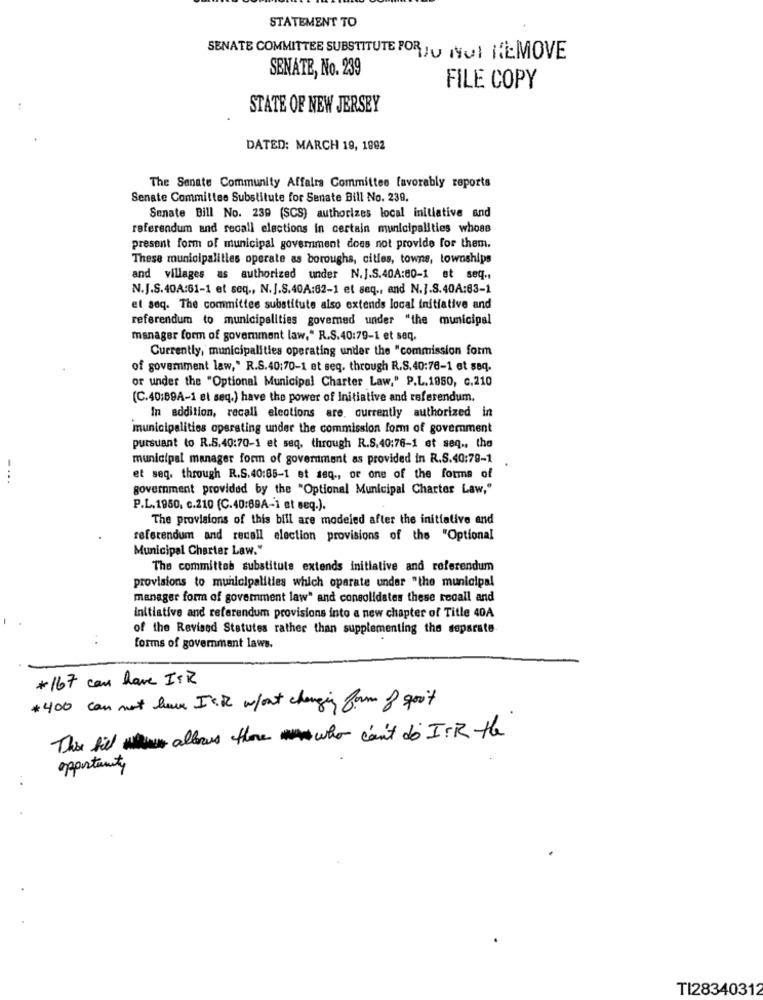
STATEMENT TO
SENATE COMMITTEE SUBSTITUTE FORJU NOI REMOVE
SENATE, No. 239
FILE COPY
STATE OF NEW JERSEY
DATED: MARCH 19, 1992
The Senate Community Affairs Committee favorably reports
Senate Committee Substitute for Senate Bill No. 239.
Senate Bill No. 239 (SCS) authorizes local initiative and
referendum and recall elections in certain municipalities whose
present form of municipal government does not provide for them.
These municipalities operate as boroughs, citles, towne, townships
and villages as authorized under N.J.S.40A:80-1 et seq ..
N.J.S.40A:61-1 et seq ., N.J.S.40A:62-1 et seq ., and N.].S.40A:63-1
et seq. The committee substitute also extends local initiative and
referendum to municipalities governed under "the municipal
manager form of government law," R.S.40:79-1 et seq.
Currently, municipalities operating under the "commission form
of goverment law," R.S.40:70-1 et seq. through R.S.40:76-1 et seq.
or under the "Optional Municipal Charter Law," P.L.1950, c.210
(C.40;89A-1 et seq.) have the power of Initiative and referendum.
In addition, recall elections are. currently authorized in
municipalities operating under the commission form of government
pursuant to R.S.40:70-1 et seq, through R.S.40:76-1 et seq ., the
municipal manager form of government as provided in R.S.40:78-1
-...
et seq. through R.S.40:85-1 et seq ., or one of the forms of
government provided by the "Optional Municipal Charter Law,"
P.L.1950. c.210 (C.40:69A-1 et seq.).
The provisions of this bill are modeled after the initiative and
referendum and recall election provisions of the "Optional
Municipal Charter Law."
The committee substitute extends initiative and referendum
provisions to municipalities which operate under "the municipal
manager form of government law" and consolidates these recall and
initiative and referendum provisions into a new chapter of Title 40A
of the Revised Statutes rather than supplementing the separate
forms of government laws.
*167 can have ISR
$400 can not have ISK w/out changing form of goo't
This bill allows there who can't do I .R the
opportunity
..
TI28340312